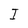
Character: I